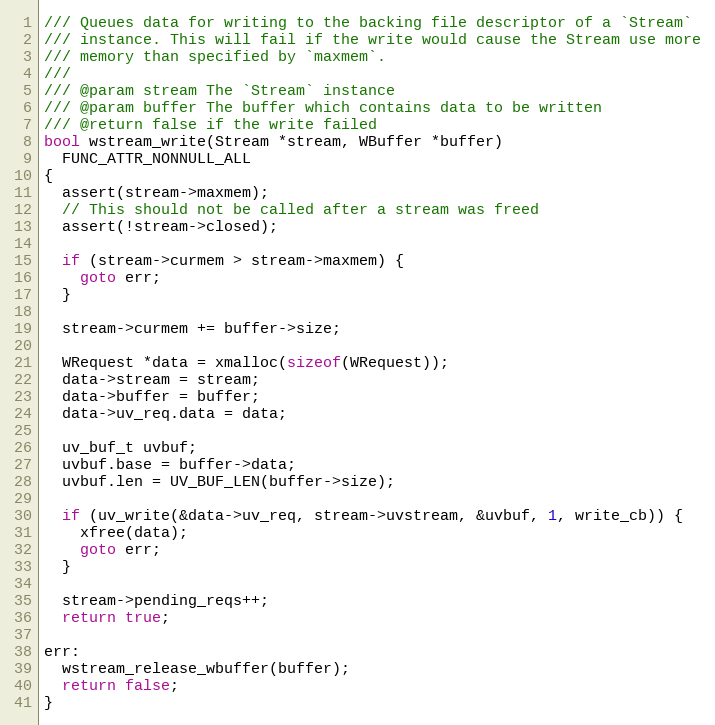
Language: C
/// Queues data for writing to the backing file descriptor of a `Stream`
/// instance. This will fail if the write would cause the Stream use more
/// memory than specified by `maxmem`.
///
/// @param stream The `Stream` instance
/// @param buffer The buffer which contains data to be written
/// @return false if the write failed
bool wstream_write(Stream *stream, WBuffer *buffer)
  FUNC_ATTR_NONNULL_ALL
{
  assert(stream->maxmem);
  // This should not be called after a stream was freed
  assert(!stream->closed);

  if (stream->curmem > stream->maxmem) {
    goto err;
  }

  stream->curmem += buffer->size;

  WRequest *data = xmalloc(sizeof(WRequest));
  data->stream = stream;
  data->buffer = buffer;
  data->uv_req.data = data;

  uv_buf_t uvbuf;
  uvbuf.base = buffer->data;
  uvbuf.len = UV_BUF_LEN(buffer->size);

  if (uv_write(&data->uv_req, stream->uvstream, &uvbuf, 1, write_cb)) {
    xfree(data);
    goto err;
  }

  stream->pending_reqs++;
  return true;

err:
  wstream_release_wbuffer(buffer);
  return false;
}